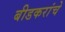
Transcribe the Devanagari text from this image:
बीडकरांचे